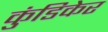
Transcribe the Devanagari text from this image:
कुंडिकेर